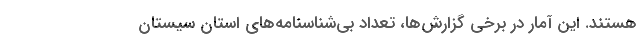
هستند. اين آمار در برخي گزارش‌ها، تعداد بي‌شناسنامه‌هاي استان سيستان